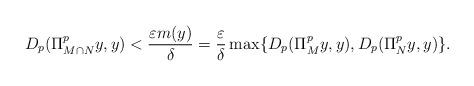
LaTeX: \begin{align*} D_p(\Pi_{M\cap N}^p y,y) < \frac{\varepsilon m(y)}{\delta} = \frac{\varepsilon}{\delta} \max \{ D_p(\Pi_M^p y, y), D_p(\Pi_N^p y, y)\}. \end{align*}